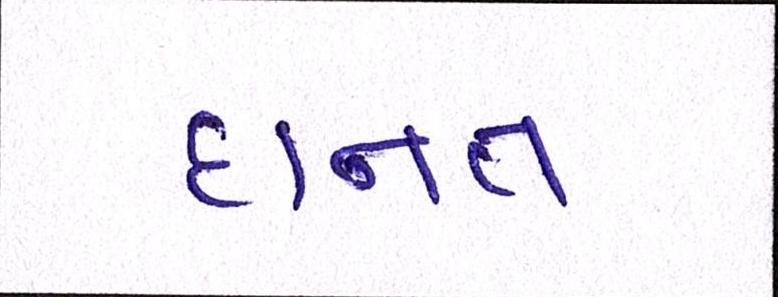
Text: દાનત